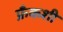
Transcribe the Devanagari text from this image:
फ्रँकशी